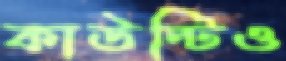
কাউন্টিও